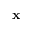
\mathbf { x }